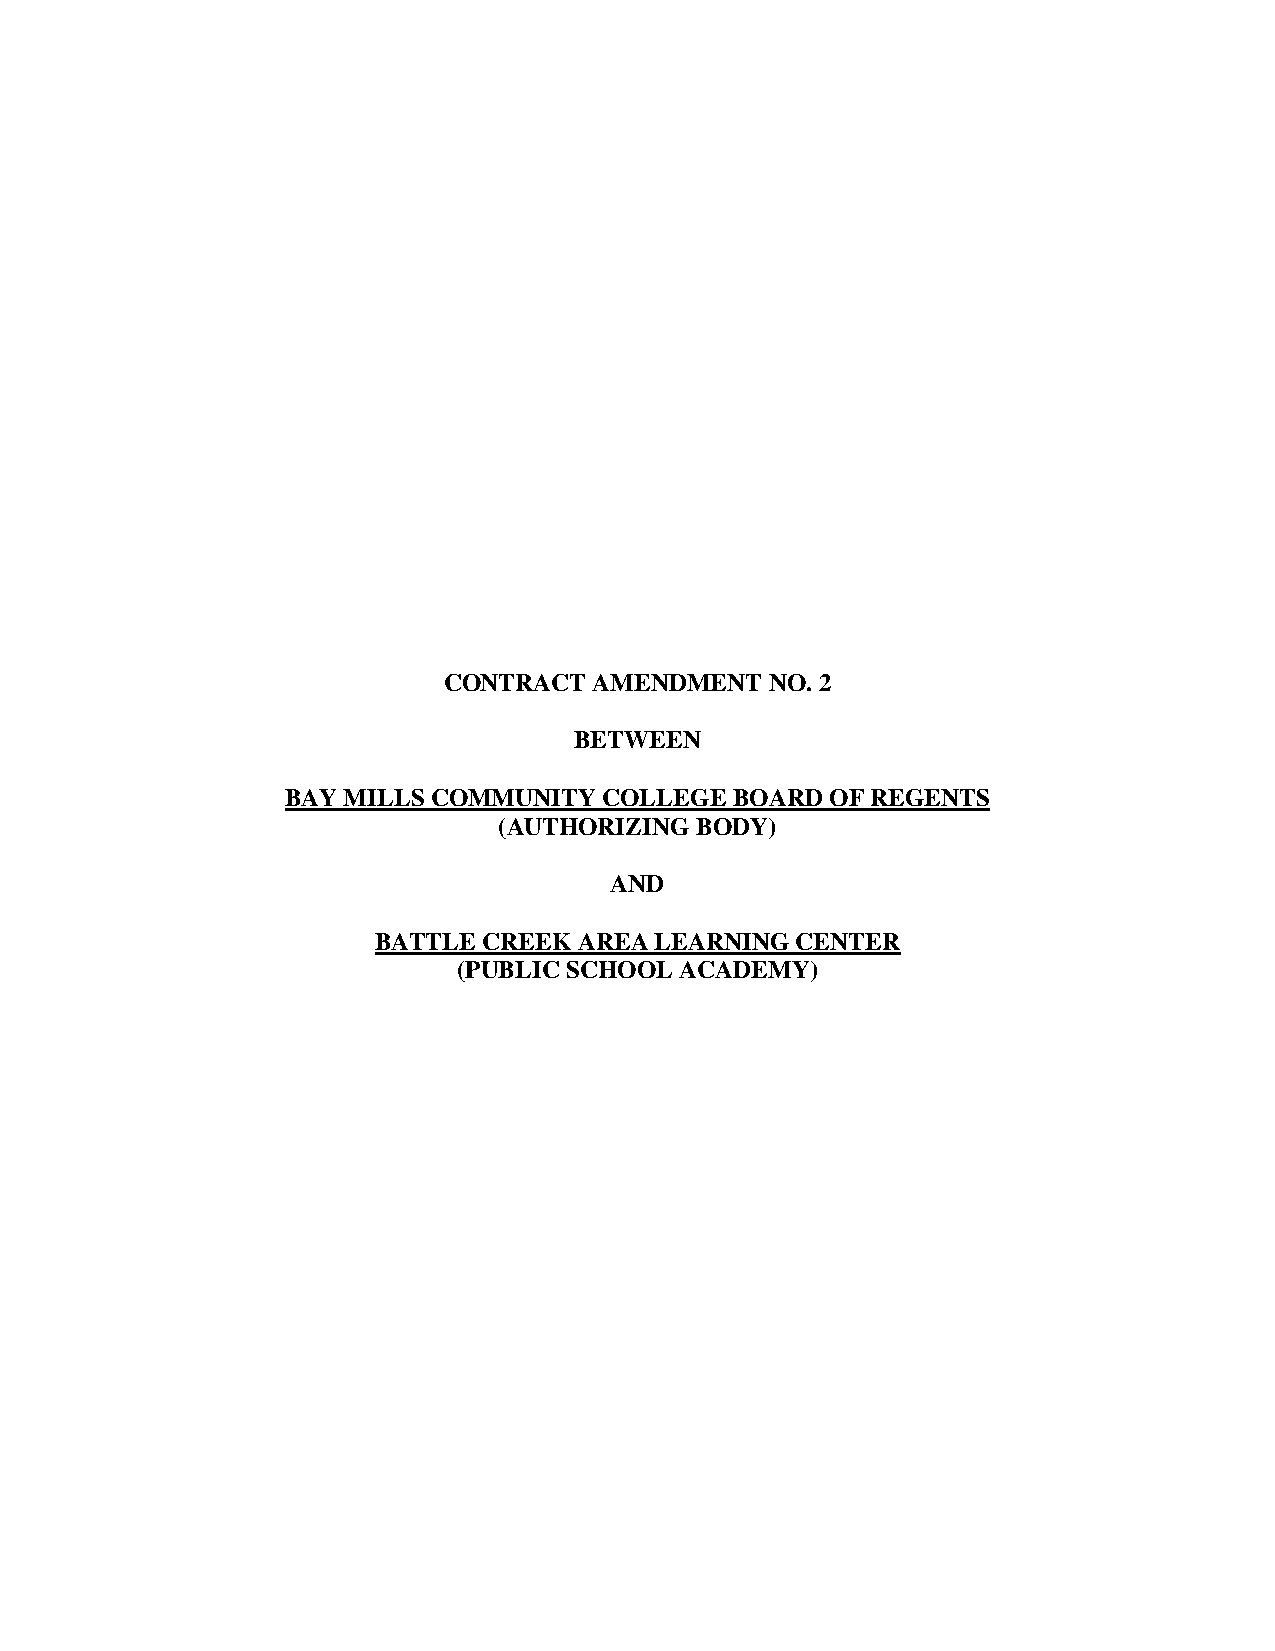
CONTRACT  AMENDMENT   NO. 2
 BETWEEN
 BAY MILLS COMMUNITY  COLLEGE  BOARD OF REGENTS
 (AUTHORIZING BODY)
 AND
 BATTLE CREEK AREA LEARNING  CENTER
 (PUBLIC SCHOOL ACADEMY)